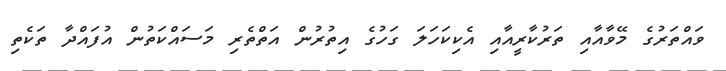
ވައްތަރުގެ މޭވާއާއި ތަރުކާރީއާއި އެކިކަހަލަ ގަހުގެ އިތުރުން އަތްތެރި މަސައްކަތުން އުފައްދާ ތަކެތި